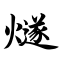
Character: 燧